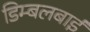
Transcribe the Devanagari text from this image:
डिम्बलबाई